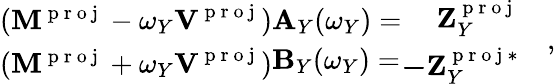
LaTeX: \begin{array}{r}{\begin{array}{cc}{(\mathbf{M}^{\mathrm{~p~r~o~j~}}-\omega_{Y}\textbf{V}^{\mathrm{~p~r~o~j~}})}\\ {(\mathbf{M}^{\mathrm{~p~r~o~j~}}+\omega_{Y}\textbf{V}^{\mathrm{~p~r~o~j~}})}\end{array}\begin{array}{l}{\mathbf{A}_{Y}(\omega_{Y})=}\\ {\mathbf{B}_{Y}(\omega_{Y})=}\end{array}\begin{array}{l}{\begin{array}{rl}{\mathbf{Z}_{Y}^{\mathrm{~p~r~o~j~}}}&{{}}\\ {\mathbf{-Z}_{Y}^{\mathrm{~p~r~o~j~}*}}&{{}}\end{array}}\end{array},}\end{array}